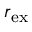
r _ { \mathrm { e x } }